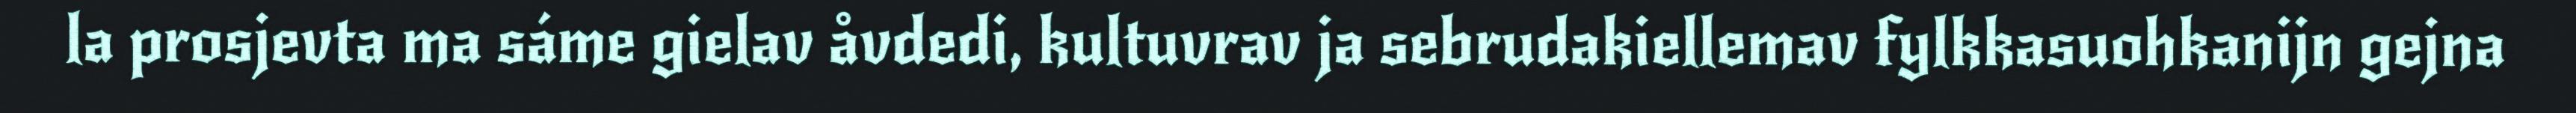
la prosjevta ma sáme gielav åvdedi, kultuvrav ja sebrudakiellemav fylkkasuohkanijn gejna